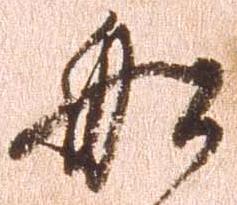
船